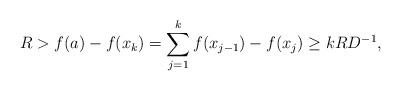
\begin{align*}R>f(a)-f(x_{k})=\sum_{j=1}^{k}f(x_{j-1})-f(x_{j})\ge kRD^{-1},\end{align*}